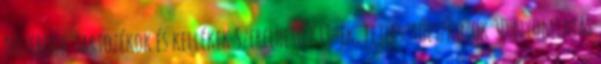
Notebook tartozékok és kellékek Szerelhető KIT-ek, fejlesztőeszközök 3D nyomtatás